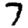
Digit: 7